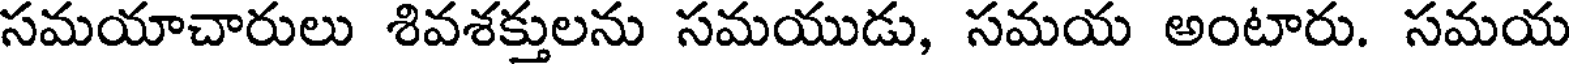
సమయాచారులు శివశక్తులను సమయుడు, సమయ అంటారు. సమయ